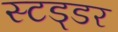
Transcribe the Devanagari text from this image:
स्टड्डर